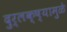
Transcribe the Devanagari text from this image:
दुर्लक्ष्यामुळे